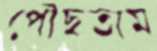
পৌঁছতাম